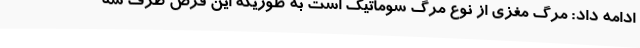
ادامه داد: مرگ مغزی از نوع مرگ سوماتیک است به طوریکه این قرص ظرف سه